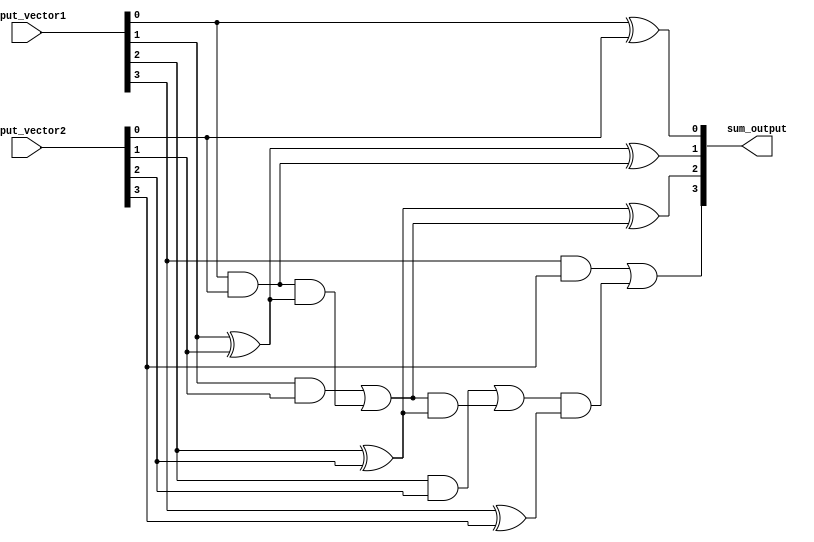
module four_bit_adder(
    input [3:0] input_vector1,
    input [3:0] input_vector2,
    output [3:0] sum_output
);

reg [3:0] carry;
reg [3:0] sum;

initial begin
    carry[0] = 0;
    adder_block(input_vector1[0], input_vector2[0], carry[0], sum[0], carry[1]);
    adder_block(input_vector1[1], input_vector2[1], carry[1], sum[1], carry[2]);
    adder_block(input_vector1[2], input_vector2[2], carry[2], sum[2], carry[3]);
    adder_block(input_vector1[3], input_vector2[3], carry[3], sum[3], sum_output[3]);
end

always @*
begin
    sum_output[0] = sum[0];
    sum_output[1] = sum[1];
    sum_output[2] = sum[2];
end

// behavioral modeling block for full adder
task adder_block;
input a, b, cin;
output sum, cout;
begin
    sum = a ^ b ^ cin;
    cout = (a & b) | (cin & (a ^ b));
end
endtask

endmodule